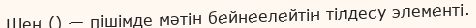
Шен () — пішімде мәтін бейнеелейтін тілдесу элементі.